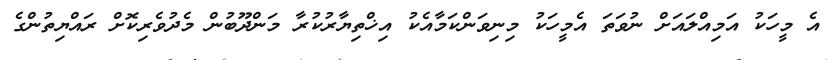
އެ މީހަކު އަމިއްލައަށް ނުވަތަ އެމީހަކު މިނިވަންކަމާއެކު އިޚްތިޔާރުކުރާ މަންދޫބުން މެދުވެރިކޮށް ރައްޔިތުންގެ